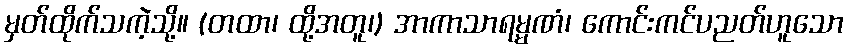
မှတ်ထိုက်သကဲ့သို့။ (တထာ၊ ထို့အတူ၊) အာကာသာရမ္မဏံ၊ ကောင်းကင်ပညတ်ဟူသော